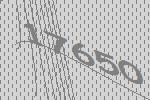
17650